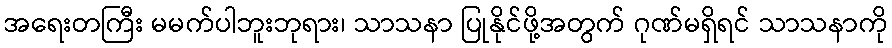
အရေးတကြီး မမက်ပါဘူးဘုရား၊ သာသနာ ပြုနိုင်ဖို့အတွက် ဂုဏ်မရှိရင် သာသနာကို